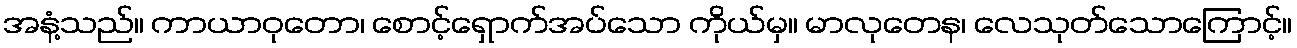
အနံ့သည်။ ကာယာဝုတော၊ စောင့်ရှောက်အပ်သော ကိုယ်မှ။ မာလုတေန၊ လေသုတ်သောကြောင့်။